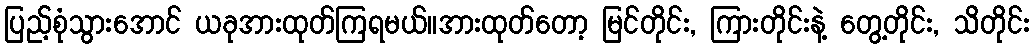
ပြည့်စုံသွားအောင် ယခုအားထုတ်ကြရမယ်။အားထုတ်တော့ မြင်တိုင်း, ကြားတိုင်းနဲ့ တွေ့တိုင်း, သိတိုင်း